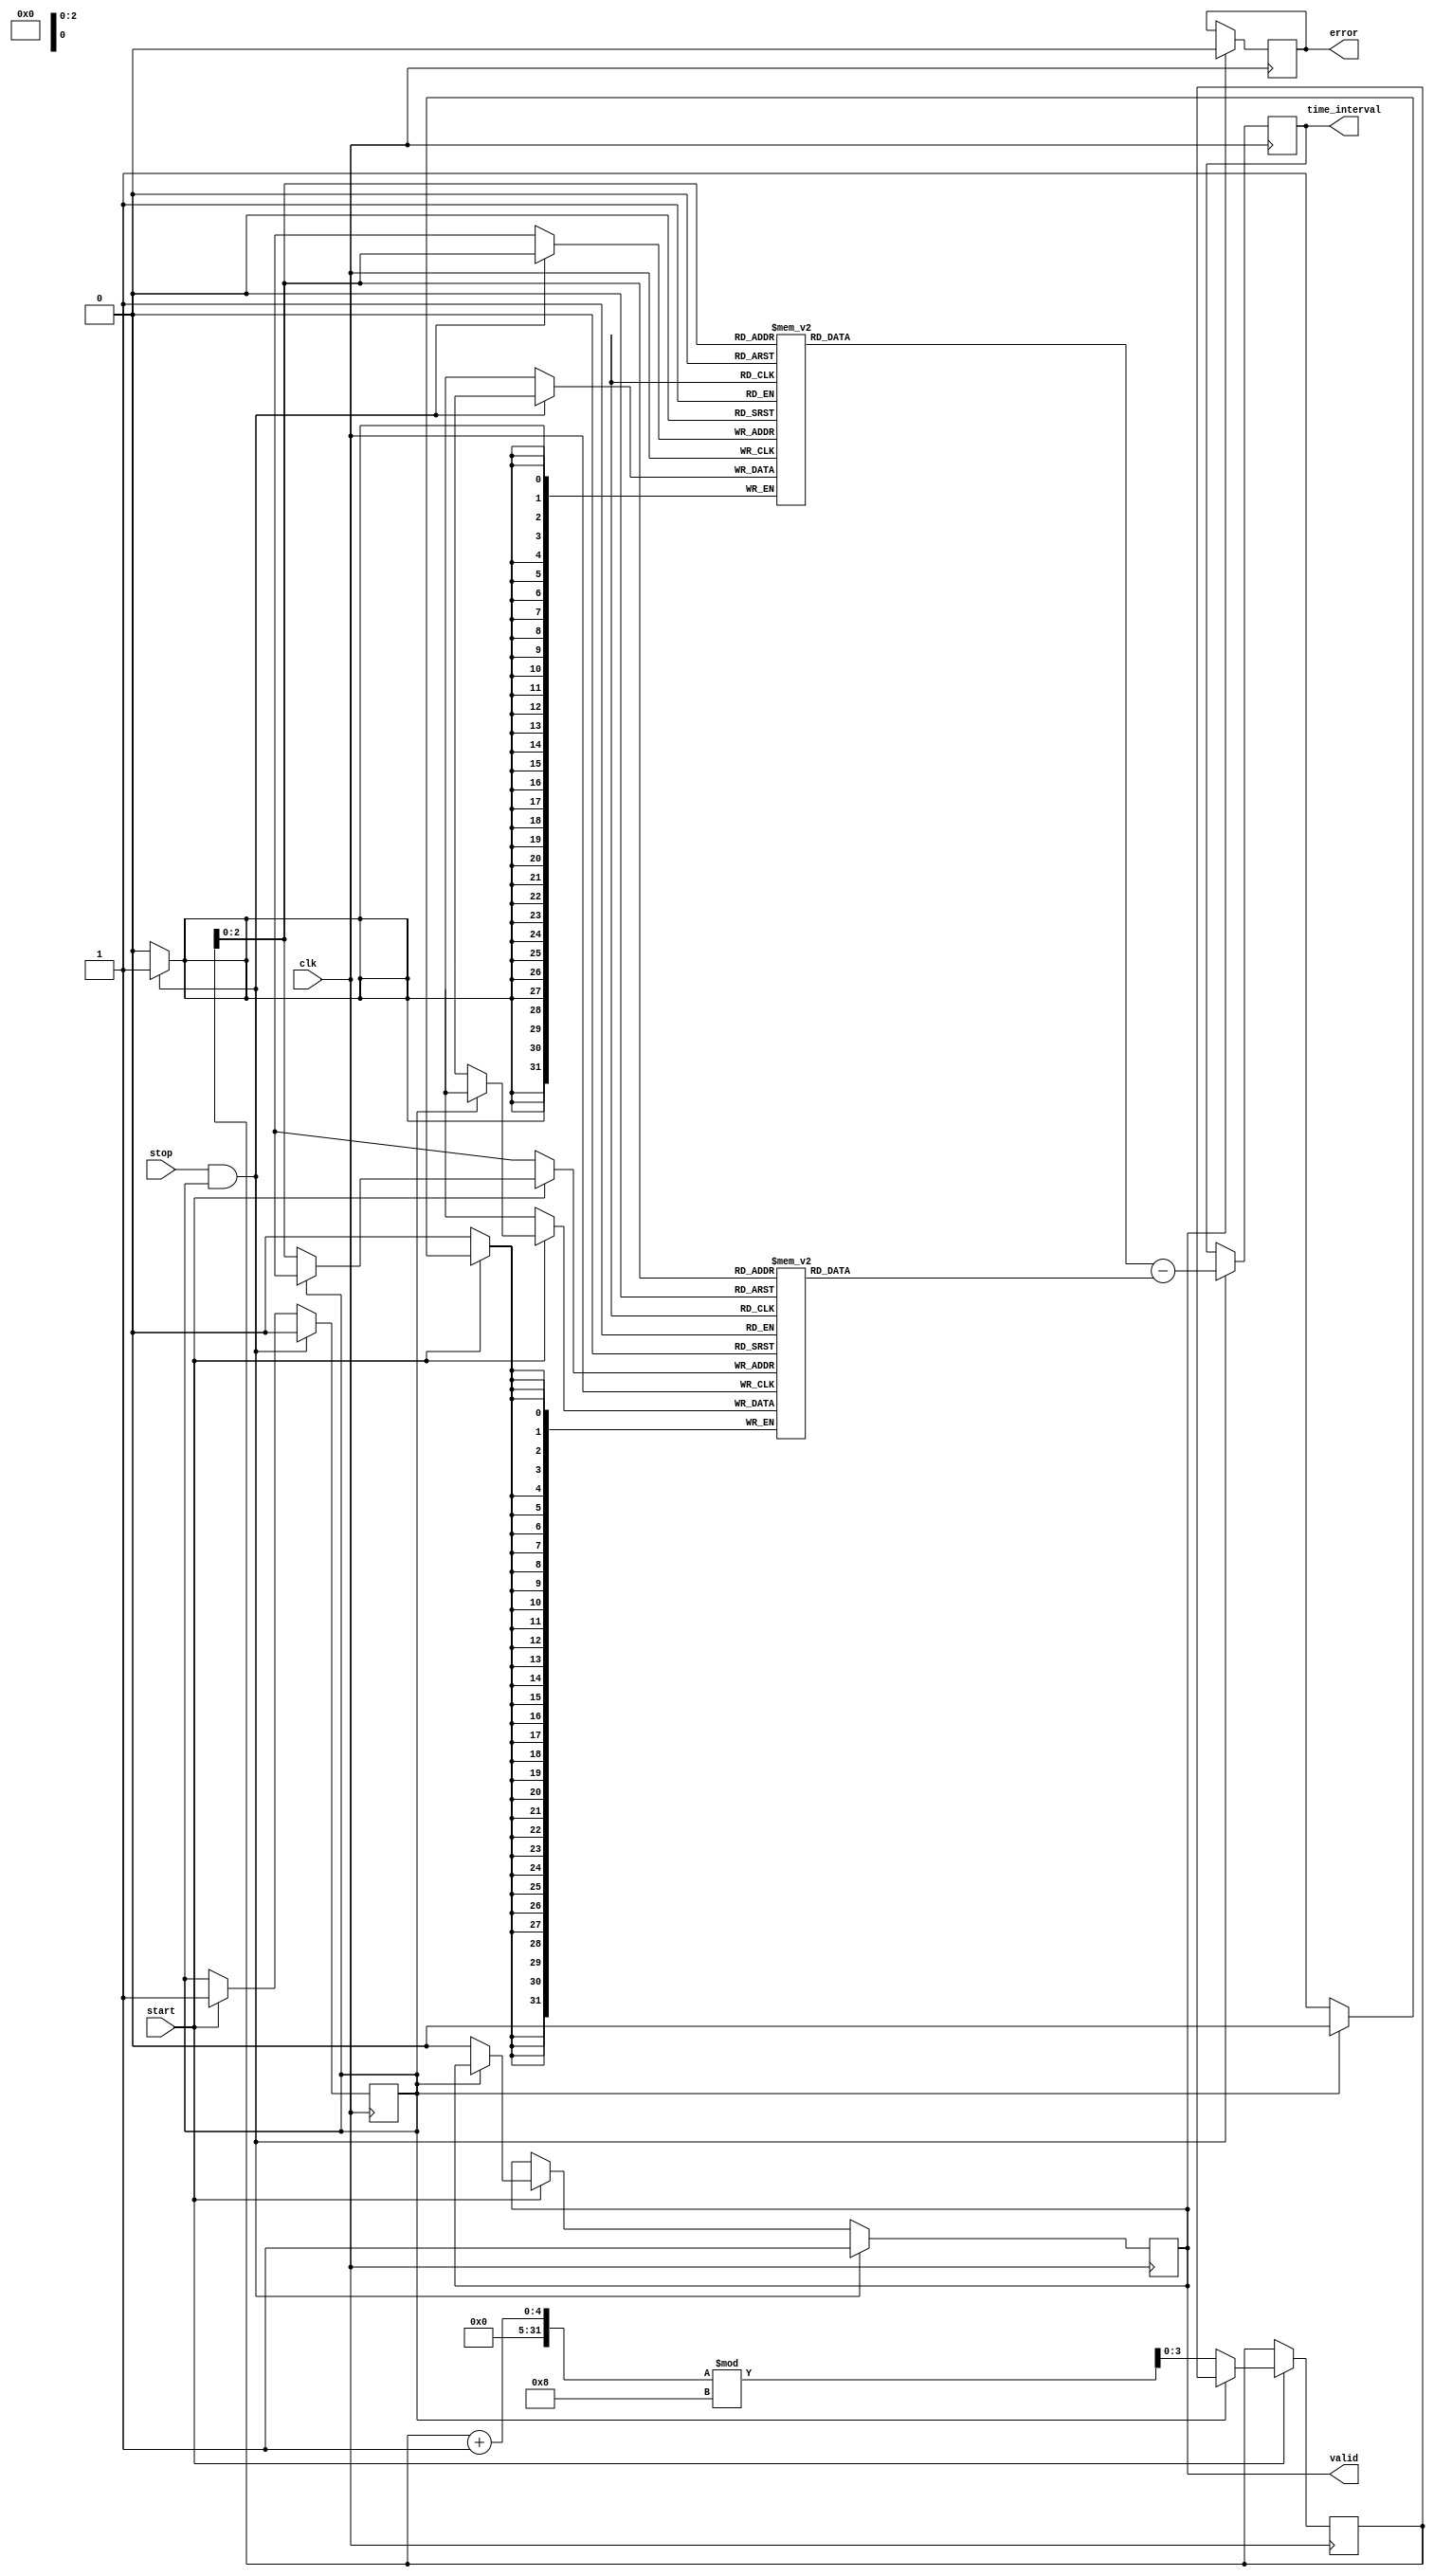
module TDC (
    input wire clk,                   // Clock signal
    input wire start,                 // Start signal
    input wire stop,                  // Stop signal
    output reg [31:0] time_interval,  // Time interval output
    output reg valid,                 // Valid signal for output data
    output reg error                  // Error signal
);
    
    // Parameters for memory
    parameter MEM_DEPTH = 8;         // Number of memory blocks
    parameter MEM_WIDTH = 32;         // Width of each timestamp

    // Memory arrays for start and stop timestamps
    reg [MEM_WIDTH-1:0] start_time[0:MEM_DEPTH-1];
    reg [MEM_WIDTH-1:0] stop_time[0:MEM_DEPTH-1];
    
    reg [3:0] write_ptr;              // Write pointer for memory blocks
    reg capturing;                    // Capture status

    // Clock handling and timestamp capturing
    always @(posedge clk) begin
        if (start) begin
            if (!capturing) begin
                capturing <= 1'b1;    // Start capturing
                write_ptr <= (write_ptr + 1) % MEM_DEPTH; // Update write pointer
                start_time[write_ptr] <= $time; // Capture start timestamp
                valid <= 1'b0;         // Reset valid signal
            end
        end
        
        if (stop && capturing) begin
            stop_time[write_ptr] <= $time; // Capture stop timestamp
            capturing <= 1'b0;              // Stop capturing
            time_interval <= stop_time[write_ptr] - start_time[write_ptr]; // Calculate time interval
            valid <= 1'b1;                   // Indicate valid output
        end
        
        if (valid) begin
            error <= 1'b0;                  // Reset error indicator
        end
        
        // Optional: Implement calibration or error checking logic here
    end

    // Initialization on reset (optional)
    initial begin
        write_ptr = 0;
        capturing = 1'b0;
        valid = 1'b0;
        error = 1'b0;
    end

endmodule